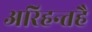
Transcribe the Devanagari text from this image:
अरिहन्तहै